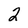
Character: 2